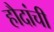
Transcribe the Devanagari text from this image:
हौदांची